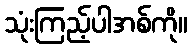
သုံးကြည့်ပါအစ်ကို။